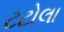
ટટોલા